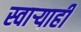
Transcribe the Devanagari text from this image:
स्वाऱ्याही